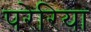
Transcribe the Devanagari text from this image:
परेरिया